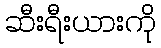
ဆီးရီးယားကို